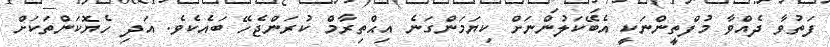
ފަތުވާ ދެއްވާ މުފްތީންނަކީ އެބޭކަލުންނަށް ކިޔަމަންގަނެ އިޙްތިރާމް ކުރަންޖެހޭ ބައެކެވެ. އަދި ހެޔޮކަންތަކަށް